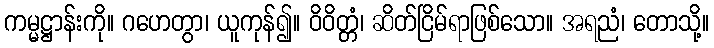
ကမ္မဋ္ဌာန်းကို။ ဂဟေတွာ၊ ယူကုန်၍။ ဝိဝိတ္တံ၊ ဆိတ်ငြိမ်ရာဖြစ်သော။ အရညံ၊ တောသို့။